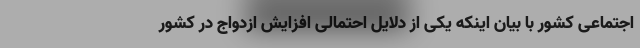
اجتماعی کشور با بیان اینکه یکی از دلایل احتمالی افزایش ازدواج در کشور